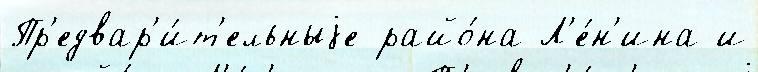
Пр'едвар'и́т'ельныjе райо́на Л'е́н'ина и